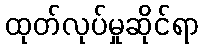
ထုတ်လုပ်မှုဆိုင်ရာ